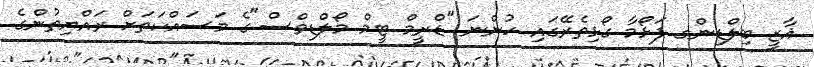
ޣާޒީ ބިލްޑިންގ ފަޅޯމާ ގޯޅިތެރޭގައި ހުންނަ "ޑްރީމް ޓީމް މޯލްޑިވްސް"ގެ މަސައްކަތަށް ރައްޔިތުންގެ